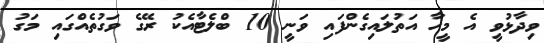
ވިދާޅުވީ އެ މީހާ އަތުލައިގެންފައި ވަނީ 10 ބްލެޓާއެކު ރޭގެ ވަގުތެއްގައި މަގު